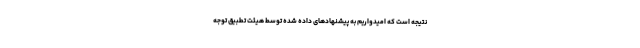
نتیجه است که امیدواریم به پیشنهادهای داده شده توسط هیئت تطبیق توجه